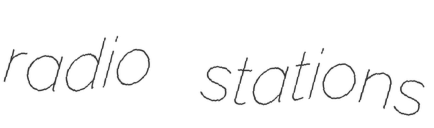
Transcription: radio stations